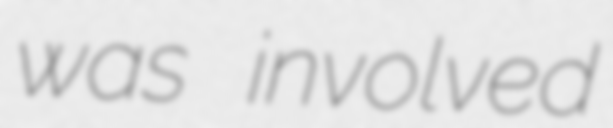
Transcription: was involved